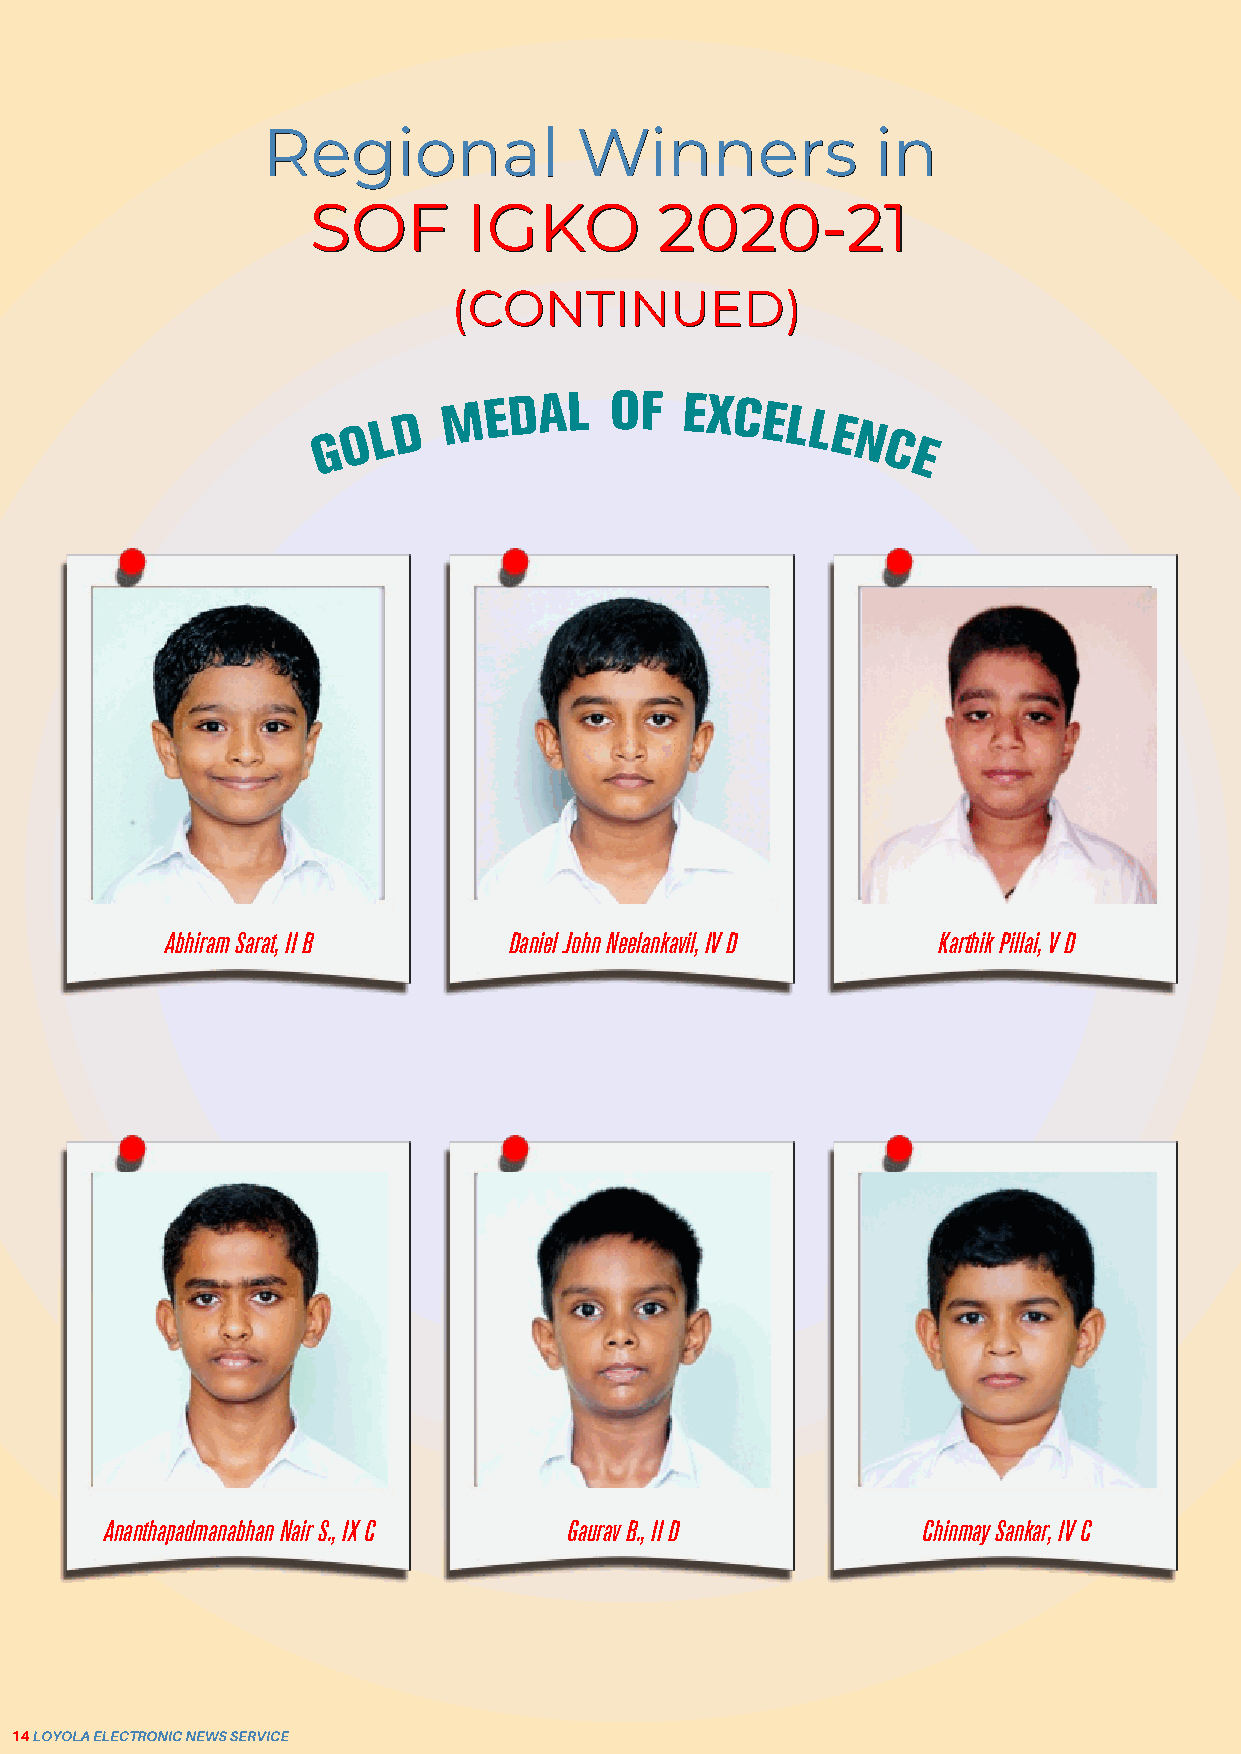
RReeggiioonnaall     WWiinnnneerrss      iinn
 SSOOFF     IIGGKKOO    22002200--2211
 ((CCOONNTTIINNUUEEDD))
 G O L
 D
 M E DAL   OF   EXCELLE
 N C
 E
 AbhiramSarat,IIB       DanielJohnNeelankavil,IVD   KarthikPillai,VD
 AnanthapadmanabhanNairS.,IXC  GauravB.,IID            ChinmaySankar,IVC
 14LOYOLAELECTRONICNEWSSERVICE